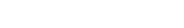
٣٧